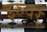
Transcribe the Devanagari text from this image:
इरुवर्